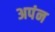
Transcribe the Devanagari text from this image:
अपंन